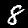
Label: 8